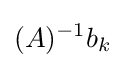
(A)^{-1}b_{k}